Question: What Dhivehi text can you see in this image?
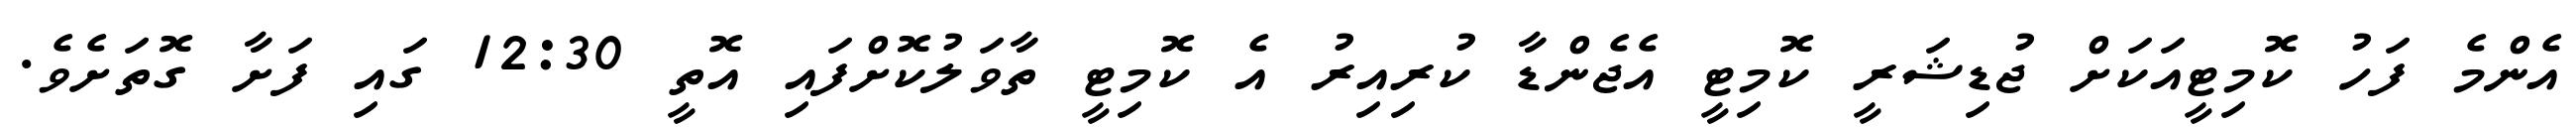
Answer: އެންމެ ފަހު ކޮމިޓީއަކަށް ޖުޑިޝަރީ ކޮމިޓީ އެޖެންޑާ ކުރިއިރު އެ ކޮމިޓީ ތާވަލުކޮށްފައި އޮތީ 12:30 ގައި ފަށާ ގޮތަށެވެ.